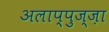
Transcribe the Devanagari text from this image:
अलाप्पुज्ज़ा